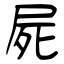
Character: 屍